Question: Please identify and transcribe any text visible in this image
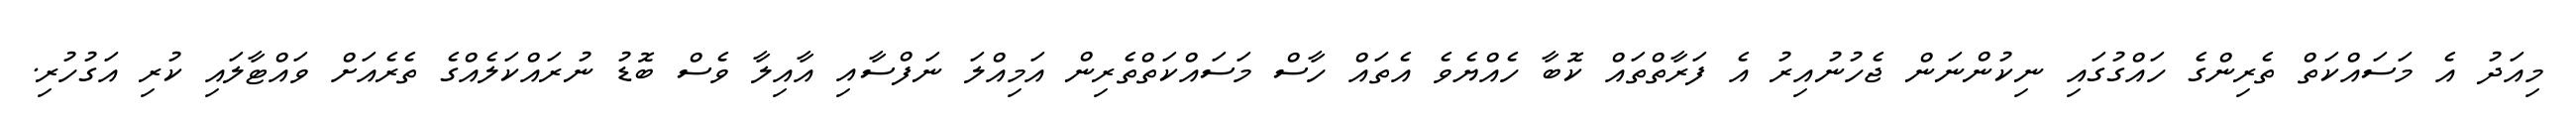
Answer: މިއަދު އެ މަސައްކަތް ތެރިންގެ ހައްގުގައި ނިކުންނަން ޖެހުނުއިރު އެ ފަރާތްތައް ކޮބާ ހެއްޔެވެ އެތައް ހާސް މަސައްކަތްތެރިން އަމިއްލަ ނަފްސާއި އާއިލާ ވެސް ބޮޑު ނުރައްކަލެއްގެ ތެރެއަށް ވައްޓާލައި ކުރި އަގުހުރި.